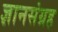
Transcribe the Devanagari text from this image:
ज्ञानसंग्रह